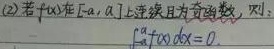
(2) 若\(f(x)\)在\([-a,a]\)上连续且为奇函数，则：\(\int_{-a}^{a}f(x)dx = 0\)。